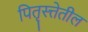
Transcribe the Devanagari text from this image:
पितृस्त्तेतील